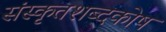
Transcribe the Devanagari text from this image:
संस्कृतशब्दकोष